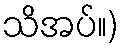
သိအပ်။)